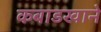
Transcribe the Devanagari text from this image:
कबाडखाने